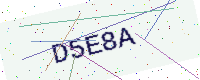
Text: D5E8A